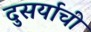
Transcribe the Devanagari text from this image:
दुसर्याची